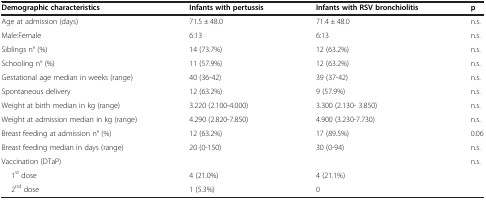
<table><thead><tr><td><b>Demographic characteristics</b></td><td><b>Infants with pertussis</b></td><td><b>Infants with RSV bronchiolitis</b></td><td><b>p</b></td></tr></thead><tbody><tr><td>Age at admission (days)</td><td>71.5 ± 48.0</td><td>71.4 ± 48.0</td><td>n.s.</td></tr><tr><td>Male:Female</td><td>6:13</td><td>6:13</td><td>n.s.</td></tr><tr><td>Siblings n° (%)</td><td>14 (73.7%)</td><td>12 (63.2%)</td><td>n.s.</td></tr><tr><td>Schooling n° (%)</td><td>11 (57.9%)</td><td>12 (63.2%)</td><td>n.s.</td></tr><tr><td>Gestational age median in weeks (range)</td><td>40 (36-42)</td><td>39 (37-42)</td><td>n.s.</td></tr><tr><td>Spontaneous delivery</td><td>12 (63.2%)</td><td>9 (57.9%)</td><td>n.s.</td></tr><tr><td>Weight at birth median in kg (range)</td><td>3.220 (2.100-4.000)</td><td>3.300 (2.130- 3.850)</td><td>n.s.</td></tr><tr><td>Weight at admission median in kg (range)</td><td>4.290 (2.820-7.850)</td><td>4.900 (3.230-7.730)</td><td>n.s.</td></tr><tr><td>Breast feeding at admission n° (%)</td><td>12 (63.2%)</td><td>17 (89.5%)</td><td>0.06</td></tr><tr><td>Breast feeding median in days (range)</td><td>20 (0-150)</td><td>30 (0-94)</td><td>n.s.</td></tr><tr><td>Vaccination (DTaP)</td><td> </td><td> </td><td>n.s.</td></tr><tr><td>1<sup>st</sup> dose</td><td>4 (21.0%)</td><td>4 (21.1%)</td><td> </td></tr><tr><td>2<sup>nd</sup> dose</td><td>1 (5.3%)</td><td>0</td><td> </td></tr></tbody></table>